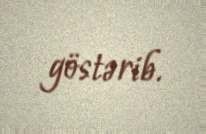
göstərib.